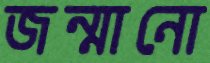
জন্মানো